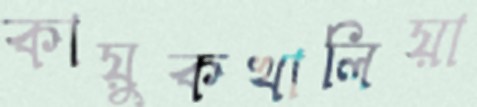
কায়ুকখালিয়া